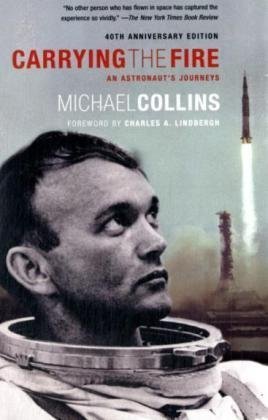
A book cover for Carrying the Fire: An Astronaut's Journeys; Michael Collins; Science & Math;